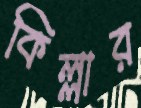
কিল্লার